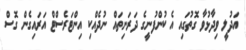
އަދުލީ ވިދާޅުވާ ގޮތުގައި އެ ކުންފުނީގެ ދަރަނިތައް ނުދެއްކި އިންޓަރެސްޓް އަރައިގެން ގޮސް